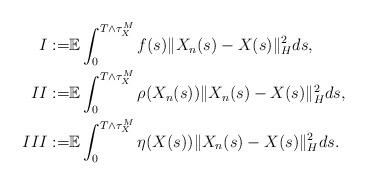
LaTeX: \begin{align*}I := & \mathbb{E} \int_0^{T\wedge\tau_{X}^M} f(s) \Vert X_n(s) - X(s) \Vert_H^2 ds ,\\II := & \mathbb{E} \int_0^{T\wedge\tau_{X}^M} \rho(X_n(s)) \Vert X_n(s) - X(s) \Vert_H^2 ds ,\\III := & \mathbb{E} \int_0^{T\wedge\tau_{X}^M} \eta(X(s)) \Vert X_n(s) - X(s) \Vert_H^2 ds .\end{align*}